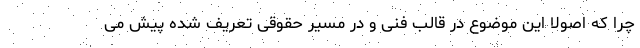
چرا که اصولا این موضوع در قالب فنی و در مسیر حقوقی تعریف شده پیش می